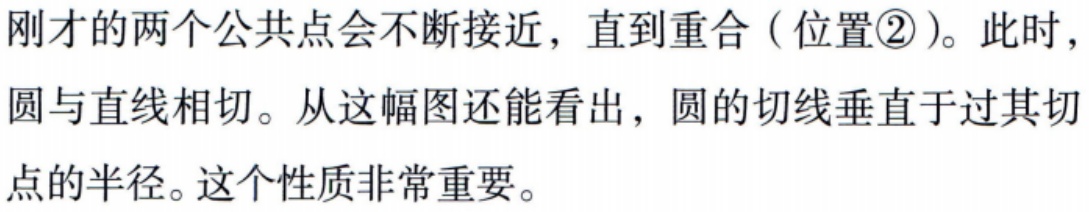
刚才的两个公共点会不断接近，直到重合（位置\textcircled{2}）。此时，圆与直线相切。从这幅图还能看出，圆的切线垂直于过其切点的半径。这个性质非常重要。